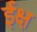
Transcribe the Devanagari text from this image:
ईक्ष